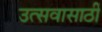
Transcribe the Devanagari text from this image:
उत्सवासाठीं